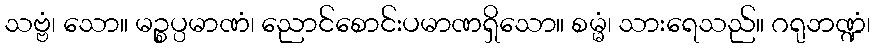
သဗ္ဗံ၊ သော။ မဉ္စပ္ပမာဏံ၊ ညောင်စောင်းပမာဏရှိသော။ စမ္မံ၊ သားရေသည်။ ဂရုဘဏ္ဍံ၊